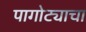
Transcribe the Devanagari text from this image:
पागोट्याचा